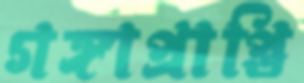
গঙ্গাপ্রাপ্তি